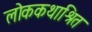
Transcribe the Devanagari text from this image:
लोककथाश्रित